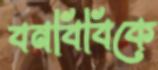
বনবিবিকে